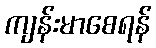
ကျန်းမာစေရန်